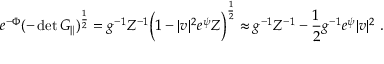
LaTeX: e ^ { - \Phi } ( - \operatorname * { d e t } G _ { \| } ) ^ { \frac { 1 } { 2 } } = g ^ { - 1 } Z ^ { - 1 } \Bigl ( 1 - | v | ^ { 2 } e ^ { \psi } Z \Bigr ) ^ { \frac { 1 } { 2 } } \approx g ^ { - 1 } Z ^ { - 1 } - \frac { 1 } { 2 } g ^ { - 1 } e ^ { \psi } | v | ^ { 2 } \ .